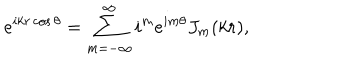
e ^ { i k r \cos { \theta } } = \displaystyle \sum _ { m = - \infty } ^ { \infty } i ^ { m } e ^ { i m \theta } J _ { m } ( k r ) ,